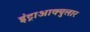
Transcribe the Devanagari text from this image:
इंट्राआक्युलार